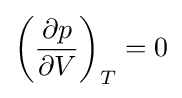
\left({\frac {\partial p}{\partial V}}\right)_{T}=0